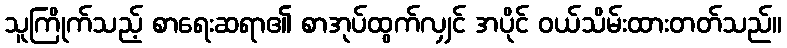
သူကြိုက်သည့် စာရေးဆရာ၏ စာအုပ်ထွက်လျှင် အပိုင် ဝယ်သိမ်းထားတတ်သည်။